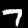
Digit: 7